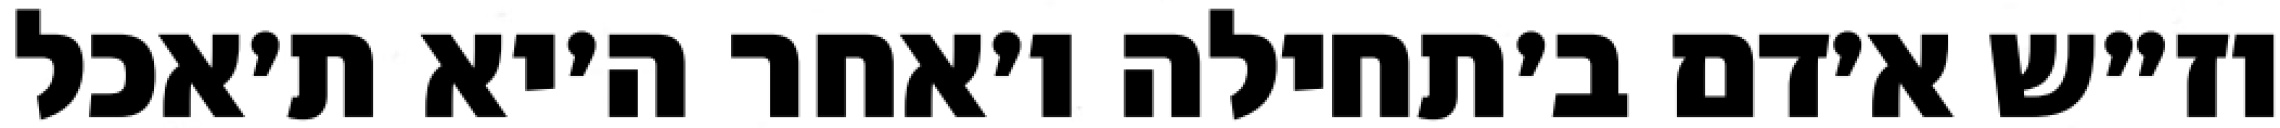
וז״ש א׳דם ב׳תחילה ו׳אחר ה׳יא ת׳אכל